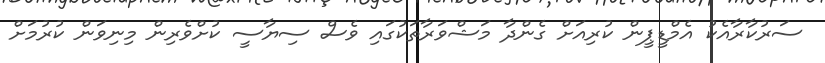
ސަރުކާރާއެކު އެމްޑީޕީން ކުރިއަށް ގެންދާ މަޝްވަރާތަކުގައި ވެސް ސިޔާސީ ކުށްވެރިން މިނިވަން ކުރުމަށް